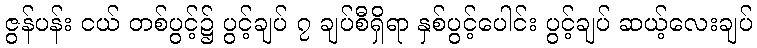
ဇွန်ပန်း ငယ် တစ်ပွင့်၌ ပွင့်ချပ် ၇ ချပ်စီရှိရာ နှစ်ပွင့်ပေါင်း ပွင့်ချပ် ဆယ့်လေးချပ်